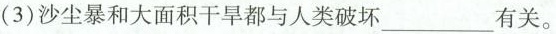
(3)沙尘暴和大面积干旱都与人类破坏___有关。